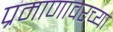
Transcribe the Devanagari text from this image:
प्रमाणावरच्या